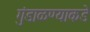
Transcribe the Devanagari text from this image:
गुंडाळण्याकडे